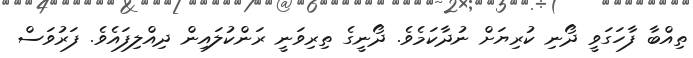
ތިއްބާ ފާހަގަވީ ދޯނި ކުރިޔަށް ނުދާކަމެވެ. ދޯނީގެ ތިރިވަނީ ރަންކުލައިން ދިއްލިފައެވެ. ފަރުވަސް